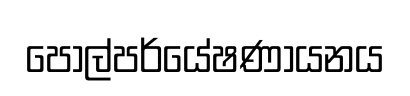
පොල්පර්යේෂණායනය